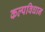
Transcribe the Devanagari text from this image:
कल्पविधान